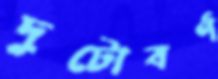
দুটোবর্ণ